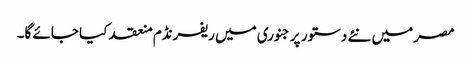
مصر میں نئے دستور پر جنوری میں ریفرنڈم منعقد کیا جائے گا۔